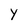
Character: y